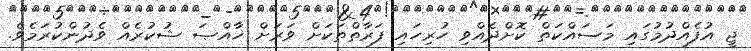
ޖީ އުފެއްދުމުގައި މަސައްކަތް ކޮށްދެއްވި ހުރިހައި ފަރާތްތަކަށް ވަރަށް ޚާއްޞަ ޝުކުރެއް ވެދުންކުރަމެވެ.